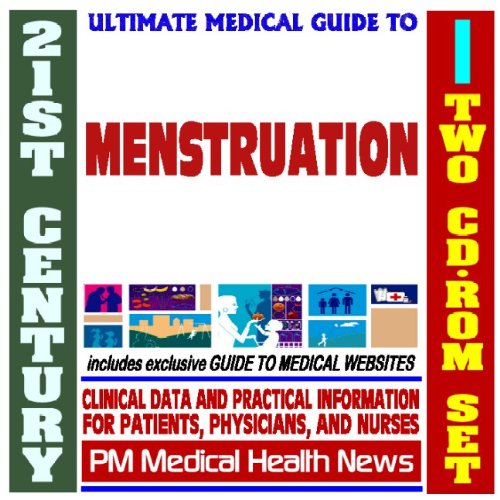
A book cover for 21st Century Ultimate Medical Guide to Menstruation - Authoritative Clinical Information for Physicians and Patients (Two CD-ROM Set); PM Medical Health News; Health, Fitness & Dieting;